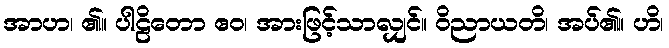
အာဟ၊ ၏။ ပါဠိတော ဧဝ၊ အားဖြင့်သာလျှင်။ ဝိညာယတိ၊ အပ်၏။ ဟိ၊